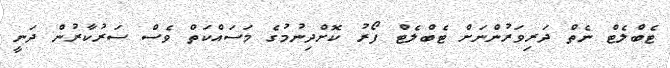
ޓެބްލެޓް ނެތް ދަރިވަރުންނަށް ޓެބްލެޓް ފޯރު ކޮށްދިނުމުގެ މަސައްކަތް ވެސް ސަރުކާރުން ދަނީ